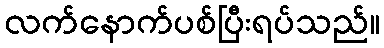
လက်နောက်ပစ်ပြီးရပ်သည်။